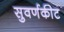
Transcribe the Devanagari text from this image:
सुवर्णकीट